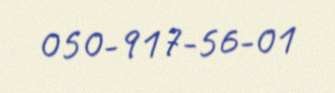
050-917-56-01